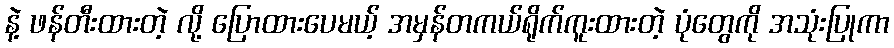
နဲ့ ဖန်တီးထားတဲ့ လို့ ပြောထားပေမယ့် အမှန်တကယ်ရိုက်ကူးထားတဲ့ ပုံတွေကို အသုံးပြုကာ